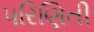
પરિણિતી